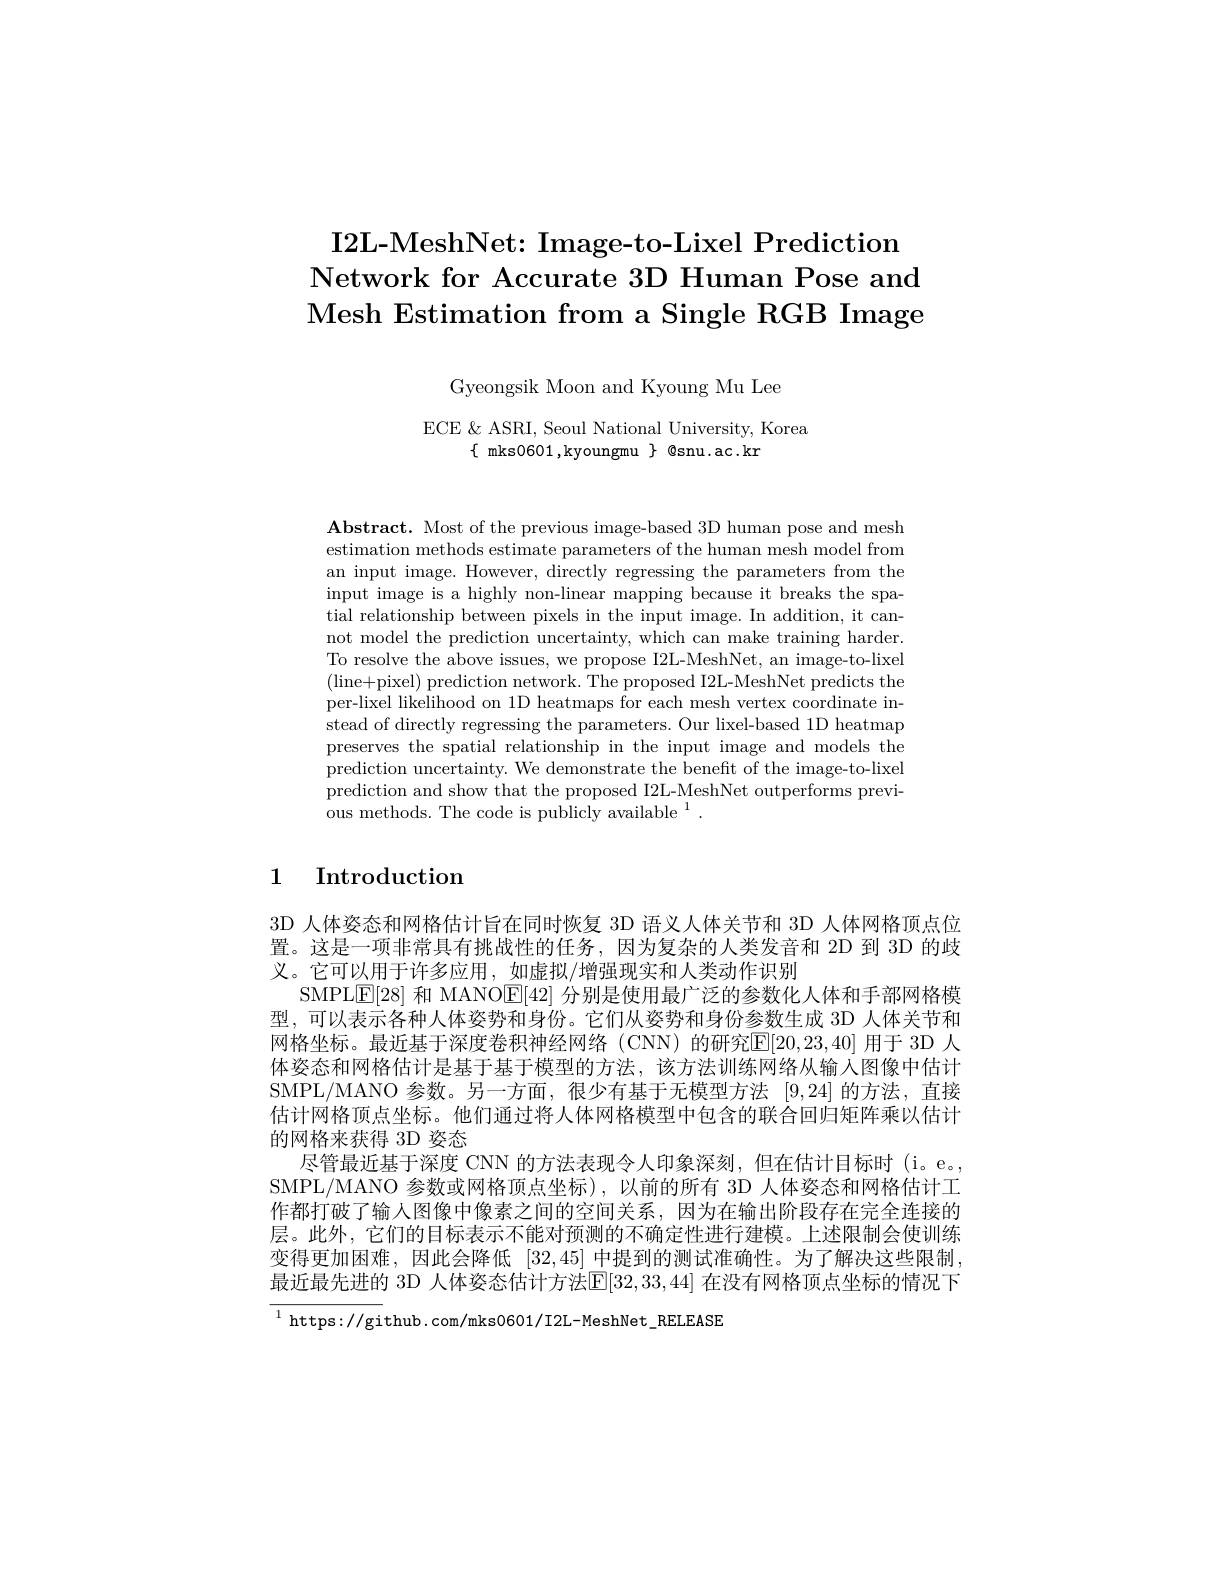
$\textbf{I2L- MeshNet: Image- to- Lixel Prediction}$
$\textbf{Network for Accurate 3D Human Pose and}$ Mesh Estimation from a Single RGB Image

Gyeongsik Moon and Kyoung Mu Lee

ECE & ASRI, Seoul National University, Korea
$\{$ mks0601,kyoungmu $\}$ @snu.ac.kr

$\mathbf{Abstract.~Most~of~the~previous~image-based~3D~human~pose~and~mesh}$ estimation methods estimate parameters of the human mesh model from an input image. However, directly regressing the parameters from the input image is a highly non-linear mapping because it breaks the spatial relationship between pixels in the input image. In addition, it cannot model the prediction uncertainty, which can make training harder. To resolve the above issues, we propose I2L-MeshNet, an image-to-lixel (line+pixel) prediction network. The proposed I2L-MeshNet predicts the per-lixel likelihood on 1D heatmaps for each mesh vertex coordinate instead of directly regressing the parameters. Our lixel-based 1D heatmap preserves the spatial relationship in the input image and models the prediction uncertainty. We demonstrate the benefit of the image-to-lixel prediction and show that the proposed I2L-MeshNet outperforms previous methods. The code is publicly available $^1.$

# 1 Introduction

3D 人体姿态和网格估计旨在同时恢复 3D 语义人体关节和 3D 人体网格顶点位置。这是一项非常具有挑战性的任务，因为复杂的人类发音和 2D 到 3D 的歧义。它可以用于许多应用，如虚拟/增强现实和人类动作识别
SMPL[28] 和 MANO[E[42] 分别是使用最广泛的参数化人体和手部网格模型，可以表示各种人体姿势和身份。它们从姿势和身份参数生成 3D 人体关节和网格坐标。最近基于深度卷积神经网络(CNN)的研究$\overline{\mathbb{E}}[20,23,40]$ 用于 3D 人体姿态和网格估计是基于基于模型的方法，该方法训练网络从输入图像中估计SMPL/MANO 参数。另一方面，很少有基于无模型方法 [9,24]的方法，直接估计网格顶点坐标。他们通过将人体网格模型中包含的联合回归矩阵乘以估计的网格来获得 3D 姿态
尽管最近基于深度 CNN 的方法表现令人印象深刻，但在估计目标时(i。e。, SMPL/MANO 参数或网格顶点坐标),以前的所有 3D 人体姿态和网格估计工作都打破了输入图像中像素之间的空间关系，因为在输出阶段存在完全连接的层。此外，它们的目标表示不能对预测的不确定性进行建模。上述限制会使训练变得更加困难，因此会降低 [32,45] 中提到的测试准确性。为了解决这些限制， 最近最先进的 3D 人体姿态估计方法$\mathbb{E}[32,33,44]$ 在没有网格顶点坐标的情况下

$^{1}$https://github.com/mks0601/I2L-MeshNet\_RELEASE